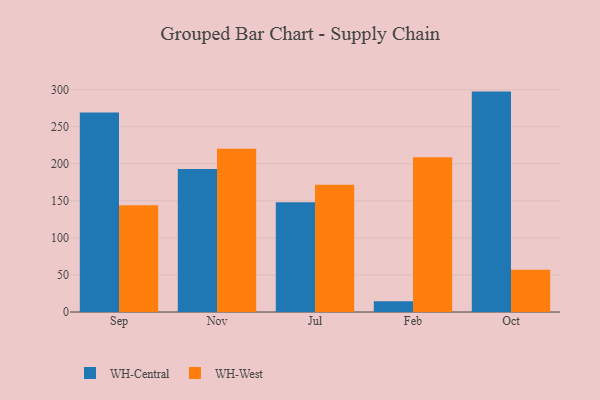
{"axis": {"x": "Month", "y": "Page Views"}, "legend": ["WH-Central", "WH-West"], "data": [{"x": "Sep", "y": 269.0, "type": "WH-Central"}, {"x": "Sep", "y": 144.0, "type": "WH-West"}, {"x": "Nov", "y": 193.0, "type": "WH-Central"}, {"x": "Nov", "y": 220.3, "type": "WH-West"}, {"x": "Jul", "y": 148.0, "type": "WH-Central"}, {"x": "Jul", "y": 171.8, "type": "WH-West"}, {"x": "Feb", "y": 14.6, "type": "WH-Central"}, {"x": "Feb", "y": 208.7, "type": "WH-West"}, {"x": "Oct", "y": 297.3, "type": "WH-Central"}, {"x": "Oct", "y": 57.1, "type": "WH-West"}]}